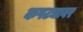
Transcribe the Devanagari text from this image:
कपट्यावर